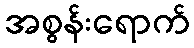
အစွန်းရောက်